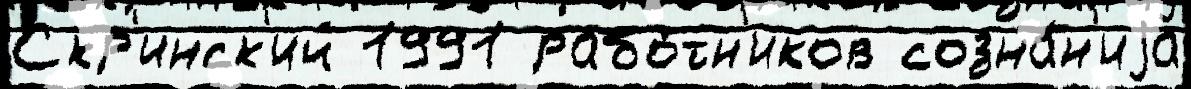
Скр'инск'ий 1991 рабо́тн'иков созна́н'иjа